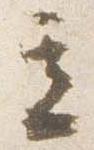
立